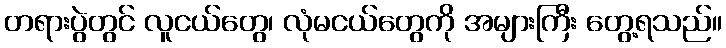
တရားပွဲတွင် လူငယ်တွေ၊ လုံမငယ်တွေကို အများကြီး တွေ့ရသည်။